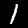
Label: 1